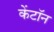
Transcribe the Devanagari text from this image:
केंटॉन